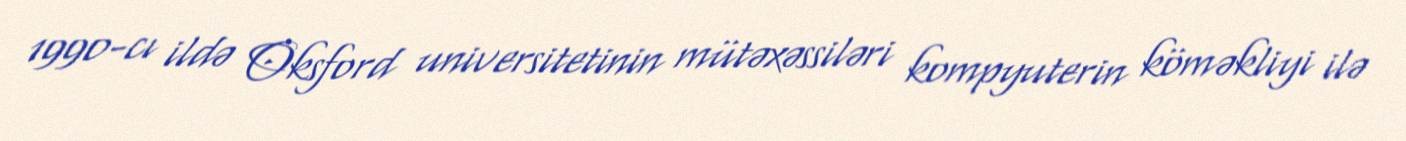
1990-cı ildə Oksford universitetinin mütəxəssiləri kompyuterin köməkliyi ilə